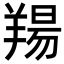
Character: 𦎪